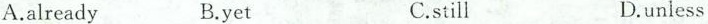
A.already B.yet C.still D.unless